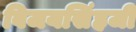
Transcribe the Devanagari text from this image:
बिजयसिंहजी